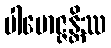
ပါမောဇ္ဇန္တိဿ